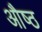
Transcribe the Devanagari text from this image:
औष्ठ